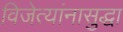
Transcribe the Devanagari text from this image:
विजेत्यांनासुद्धा